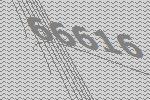
66616